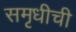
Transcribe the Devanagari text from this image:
समृधीची